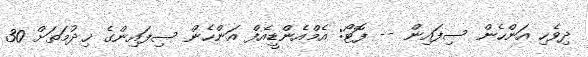
ދިވެހި އަންހެން ސިފައިން -- ފޮޓޯ: އެމްއެންޑީއެފް އަންހެން ސިފައިންގެ ޚިދުމަތަށް 30